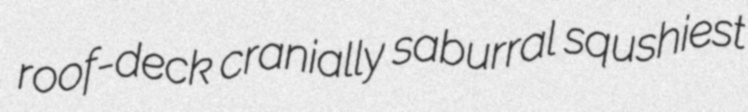
roof-deck cranially saburral squshiest